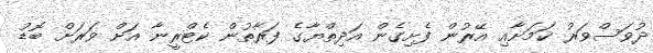
ދުވަސްވަރު ކަމަށާއި އޭރުން ފެށިގެން އަދިތްޔާގެ ފަރާތުން ކެޓްރީނާ އަށް ވަރަށް ބޮޑު